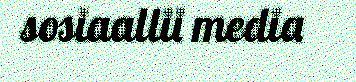
sosiaallii media